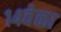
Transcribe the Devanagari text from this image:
१४वेळा